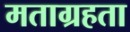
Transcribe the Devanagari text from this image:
मताग्रहता